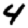
Digit: 4